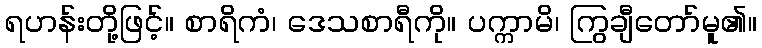
ရဟန်းတို့ဖြင့်။ စာရိကံ၊ ဒေသစာရီကို။ ပက္ကာမိ၊ ကြွချီတော်မူ၏။